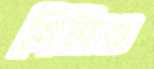
মিটাও